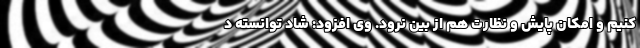
کنیم و امکان پایش و نظارت هم از بین نرود. وی افزود: شاد توانسته د